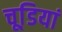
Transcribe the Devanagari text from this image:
चूडि़यां